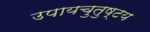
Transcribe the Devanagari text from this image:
उपायचुतुष्टय